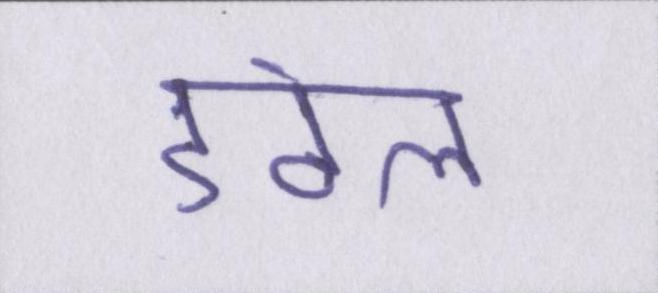
डंठल